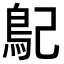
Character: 𩾩